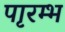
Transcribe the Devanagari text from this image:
पाृरम्भ